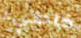
خاطيء